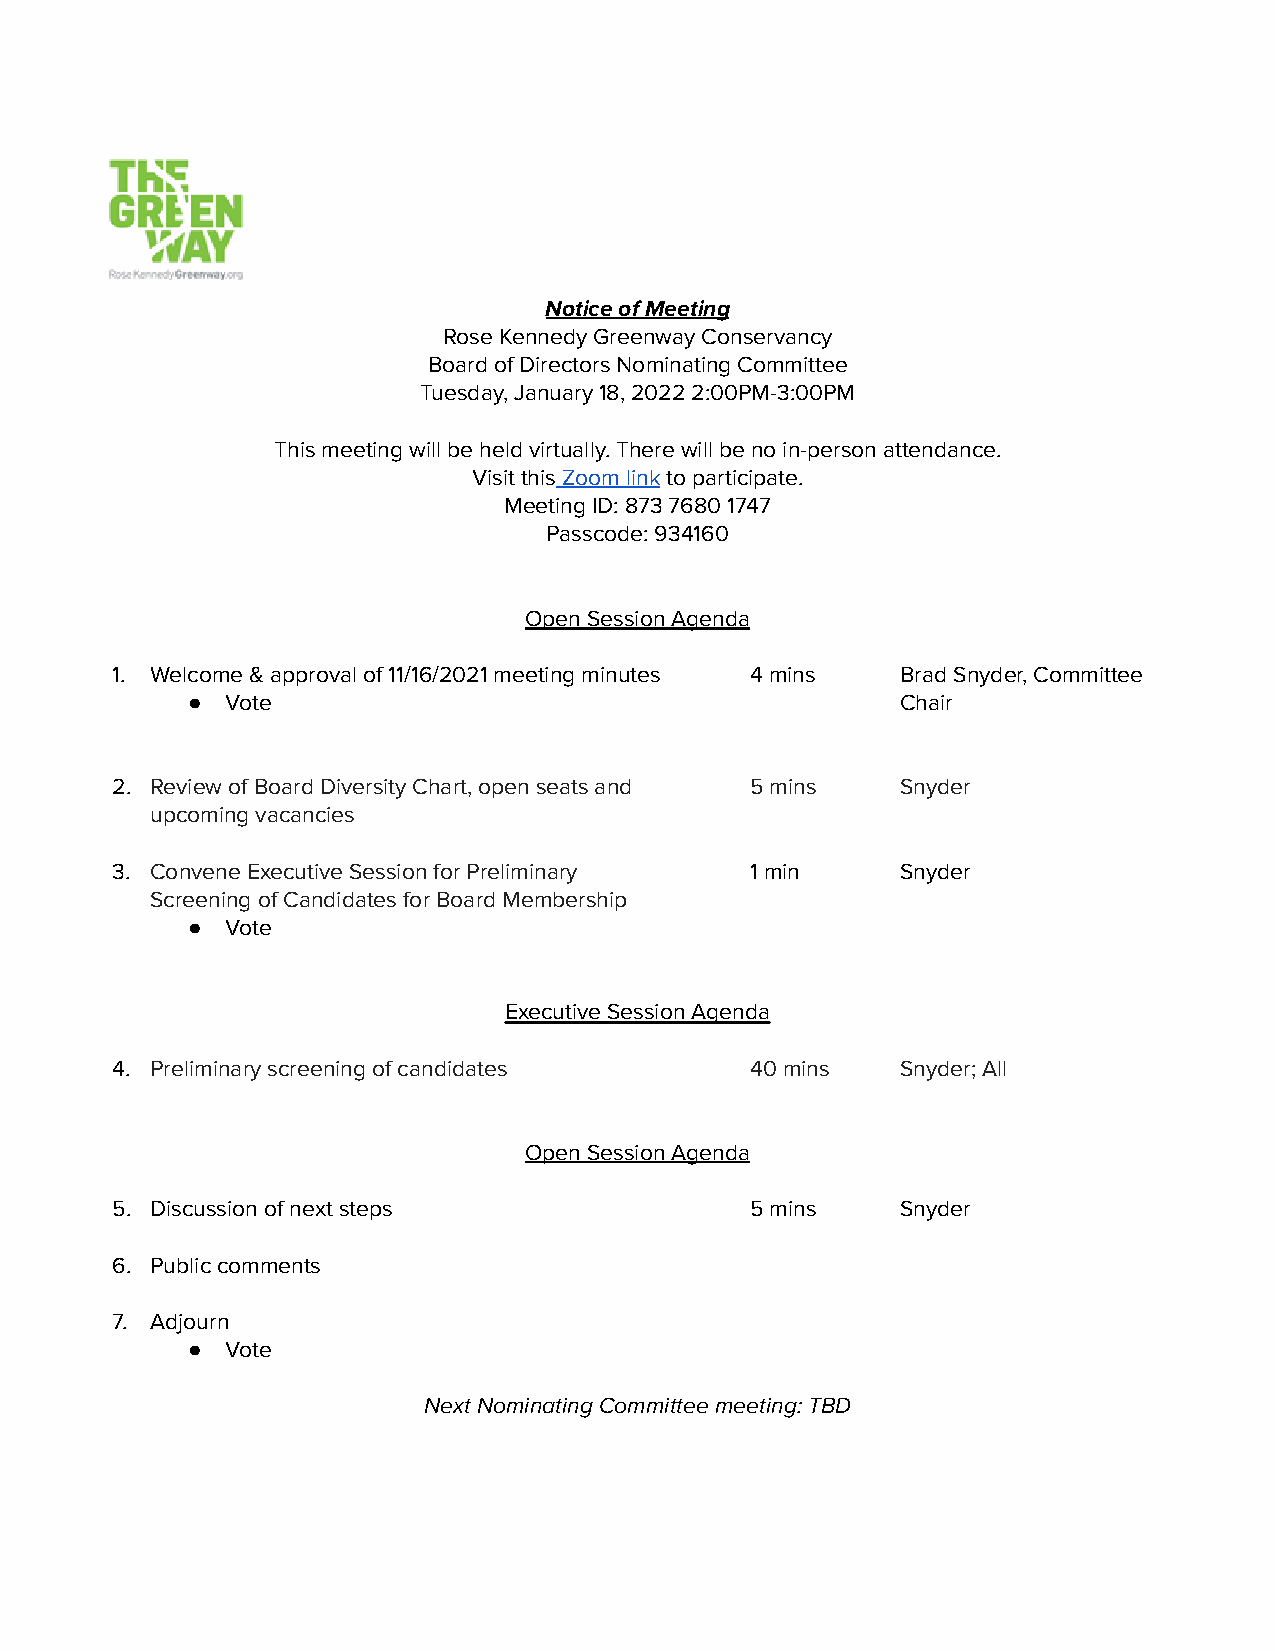
Notice of Meeting
 Rose Kennedy Greenway Conservancy
 Board of Directors Nominating Committee
 Tuesday, January 18, 2022 2:00PM-3:00PM
 This meeting will be held virtually. There will be no in-person attendance.
 Visit thisZoom linkto participate.
 Meeting ID: 873 7680 1747
 Passcode: 934160
 Open Session Agenda
 1. Welcome & approval of 11/16/2021 meeting minutes 4 mins Brad Snyder, Committee
 ●  Vote                                         Chair
 2. Review of Board Diversity Chart, open seats and 5 mins Snyder
 upcoming vacancies
 3. Convene Executive Session for Preliminary 1 min   Snyder
 Screening of Candidates for Board Membership
 ●  Vote
 Executive Session Agenda
 4. Preliminary screening of candidates     40 mins   Snyder; All
 Open Session Agenda
 5. Discussion of next steps                5 mins    Snyder
 6. Public comments
 7. Adjourn
 ●  Vote
 Next Nominating Committee meeting: TBD